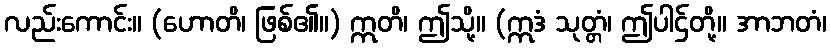
လည်းကောင်း။ (ဟောတိ၊ ဖြစ်၏။) ဣတိ၊ ဤသို့။ (ဣဒံ သုတ္တံ၊ ဤပါဌ်တို့။ အာဘတံ၊